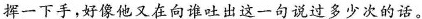
挥一下手，好像他又在向谁吐出这一句说过多少次的话。